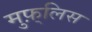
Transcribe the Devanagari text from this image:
मुफ़्लिस